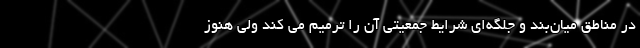
در مناطق میان‌بند و جلگه‌ای شرایط جمعیتی آن را ترمیم می کند ولی هنوز